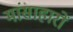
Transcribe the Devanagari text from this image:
मांसाहारों